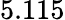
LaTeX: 5.115